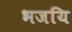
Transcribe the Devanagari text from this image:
भजयि